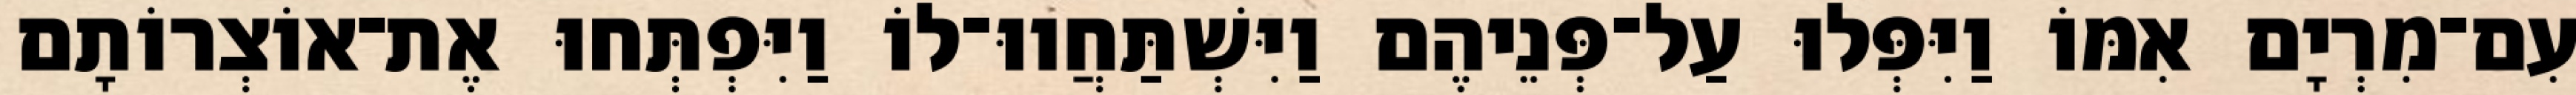
עִם־מִרְיָם אִמּוֹ וַיִּפְּלוּ עַל־פְּנֵיהֶם וַיִּשְׁתַּחֲווּ־לוֹ וַיִּפְתְּחוּ אֶת־אוֹצְרוֹתָם